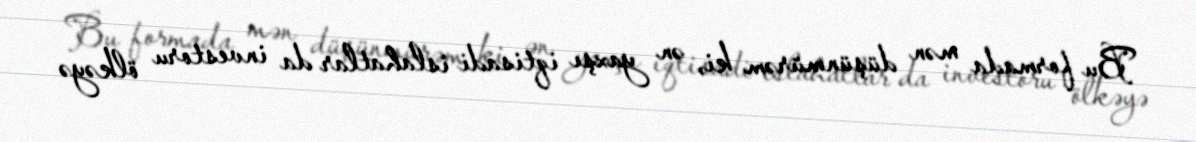
Bu formada mən düşünmürəm ki, ən yaxşı iqtisadi islahatlar da investoru ölkəyə